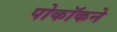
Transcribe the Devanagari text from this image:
पोकॉकने